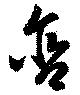
含